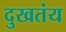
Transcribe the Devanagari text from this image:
दुखतंय